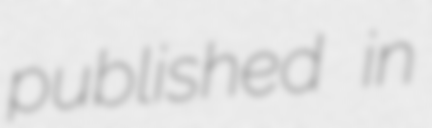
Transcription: published in